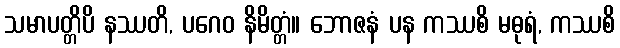
သမာပတ္တိပိ နဿတိ, ပဂေဝ နိမိတ္တံ။ ဘောဇနံ ပန ကဿစိ မဓုရံ, ကဿစိ